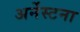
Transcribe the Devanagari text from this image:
अर्नेस्टना